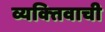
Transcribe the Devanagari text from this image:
व्यक्‍तिवाची